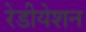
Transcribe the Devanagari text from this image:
रेडीयेशन